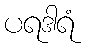
ပရဒါရံ